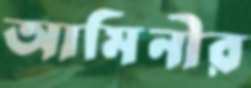
আমিনীর